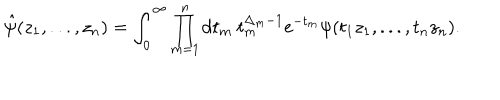
LaTeX: \hat { \psi } ( z _ { 1 } , . . . , z _ { n } ) = \int _ { 0 } ^ { \infty } \prod _ { m = 1 } ^ { n } \mathrm { d } t _ { m } \ t _ { m } ^ { \Delta _ { m } - 1 } \mathrm { e } ^ { - t _ { m } } \psi ( t _ { 1 } z _ { 1 } , . . . , t _ { n } z _ { n } ) .